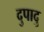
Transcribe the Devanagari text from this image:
दुपादु